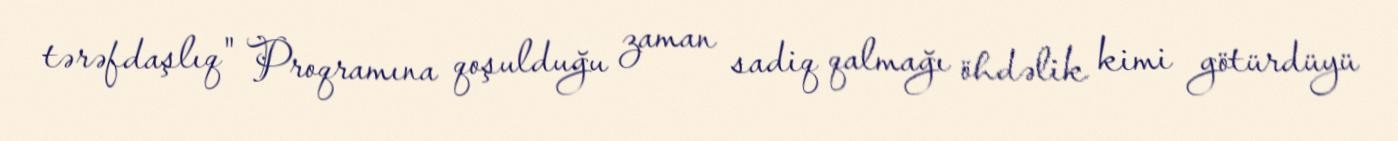
tərəfdaşlıq" Proqramına qoşulduğu zaman sadiq qalmağı öhdəlik kimi götürdüyü